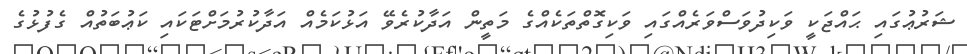
ޝަރުޢުގައި ޙައްޖަކީ ވަކިދުވަސްވަރެއްގައި ވަކިގޮތްތަކެއްގެ މަތީން އަދާކުރެވޭ އަޅުކަމެއް އަދާކުރުމަށްޓަކައި ކަޢުބަތުއް ގެފުޅުގެ